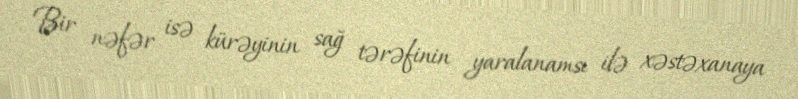
Bir nəfər isə kürəyinin sağ tərəfinin yaralanamsı ilə xəstəxanaya